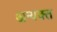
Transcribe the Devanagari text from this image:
अन्यक्त